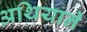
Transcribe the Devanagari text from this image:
अथियाने